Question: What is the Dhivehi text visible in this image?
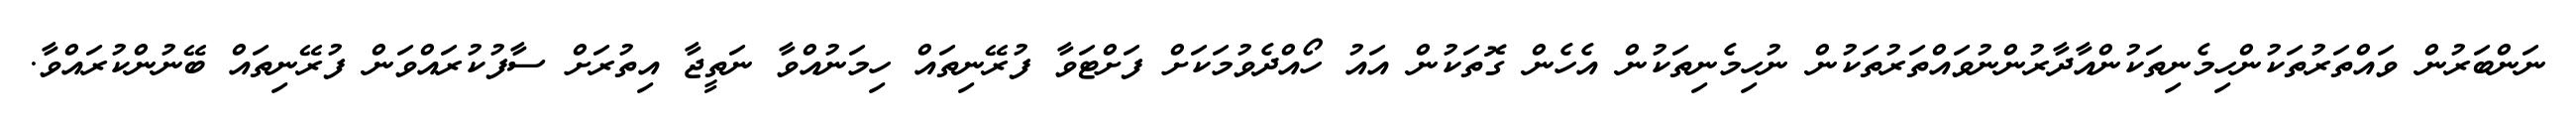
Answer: ނަންބަރުން ވައްތަރުތަކުންހިމެނިތަކުންއާދާރުންނުވައްތަރުތަކުން ނުހިމެނިތަކުން އެހެން ގޮތަކުން އައު ހޯއްދެވުމަކަށް ފަށްޓަވާ ފުރޭނިތައް ހިމަނުއްވާ ނަތީޖާ އިތުރަށް ސާފުކުރައްވަން ފުރޭނިތައް ބޭނުންކުރައްވާ.